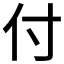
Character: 付